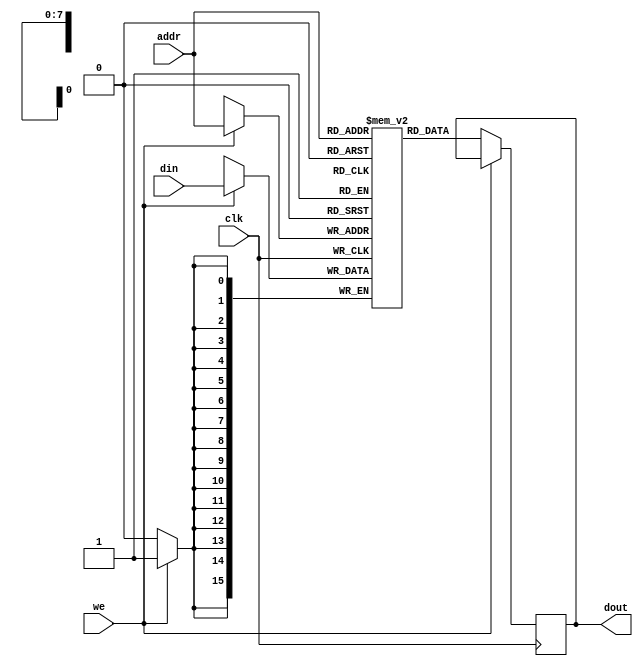
module memory_block (
    input wire clk,
    input wire we,          // Write enable
    input wire [7:0] addr, // Address
    input wire [15:0] din, // Data input
    output reg [15:0] dout  // Data output
);
    reg [15:0] mem [0:255]; // 256 x 16-bit memory

    always @(posedge clk) begin
        if (we) begin
            mem[addr] <= din; // Write data
        end else begin
            dout <= mem[addr]; // Read data
        end
    end
endmodule